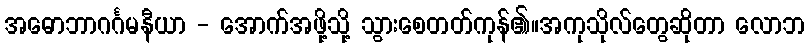
အဓောဘာဂင်္ဂမနီယာ - အောက်အဖို့သို့ သွားစေတတ်ကုန်၏။အကုသိုလ်တွေဆိုတာ လောဘ